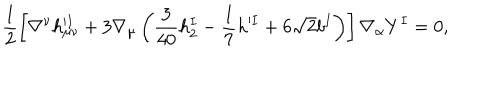
\frac { 1 } { 2 } \left[ \nabla ^ { \nu } h _ { \mu \nu } ^ { \prime I } + 3 \nabla _ { \mu } \left( \frac { 3 } { 4 0 } h _ { 2 } ^ { I } - \frac { 1 } { 7 } h ^ { \prime I } + 6 \sqrt { 2 } b ^ { I } \right) \right] \nabla _ { \alpha } Y ^ { I } = 0 ,